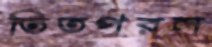
তিতপরল